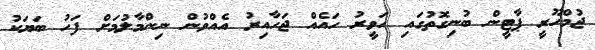
ޖުމްހޫރީ ޕާޓީން ބުނިގޮތުގައި ހަވީރު ހައެއް ޖަހާއިރު އެއްވުން ނިންމާލުމަށް ފަހު ބަޔަކު